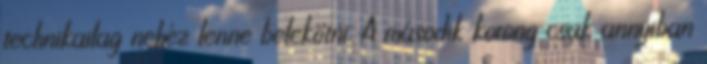
technikailag nehéz lenne belekötni. A második korong csak annyiban